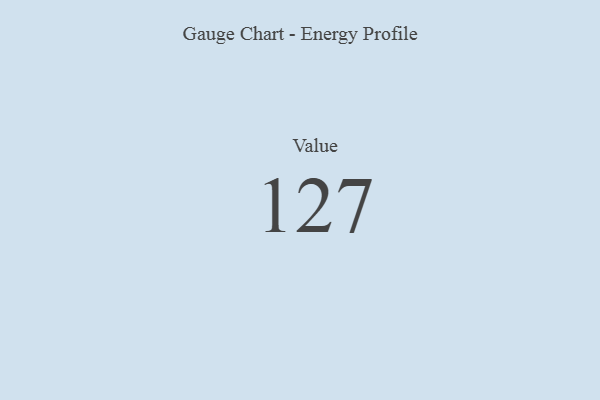
{"axis": {"x": "Metric", "y": "Value"}, "legend": [""], "data": [{"x": "Value", "y": 127, "type": ""}]}